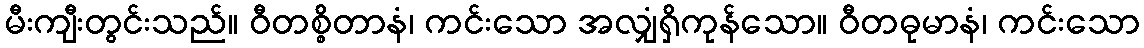
မီးကျီးတွင်းသည်။ ဝီတစ္စိတာနံ၊ ကင်းသော အလျှံရှိကုန်သော။ ဝီတဓုမာနံ၊ ကင်းသော